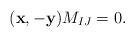
LaTeX: \begin{align*}(\mathbf{x}, -\mathbf{y} )M_{IJ}=0.\end{align*}